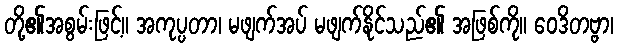
တို့၏အစွမ်းဖြင့်။ အကုပ္ပတာ၊ မဖျက်အပ် မဖျက်နိုင်သည်၏ အဖြစ်ကို။ ဝေဒိတဗ္ဗာ၊